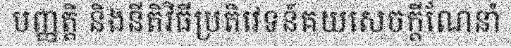
បញ្ញត្តិ និងនីតិវិធីប្រតិវេទន៍គយសេចក្តីណែនាំ